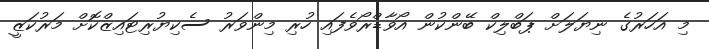
މި އަހަރުގެ ނިޔަލަށް ޕަބްލިކް ބޭންކުން އޯވާޑްރޯވެފައި ހުރި މިންވަރު ސެކިޔުރިޓައިޒްކޮށް މަރުކަޒީ